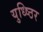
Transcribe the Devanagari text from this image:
युध्ष्ठिर